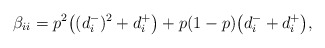
\begin{align*} \beta_{ii} = p^2 \big((d_i^-)^2 + d_i^+\big) + p(1-p) \big(d_i^- + d_i^+\big), \end{align*}